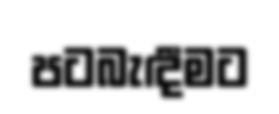
පටබැඳීමට